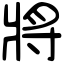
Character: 將